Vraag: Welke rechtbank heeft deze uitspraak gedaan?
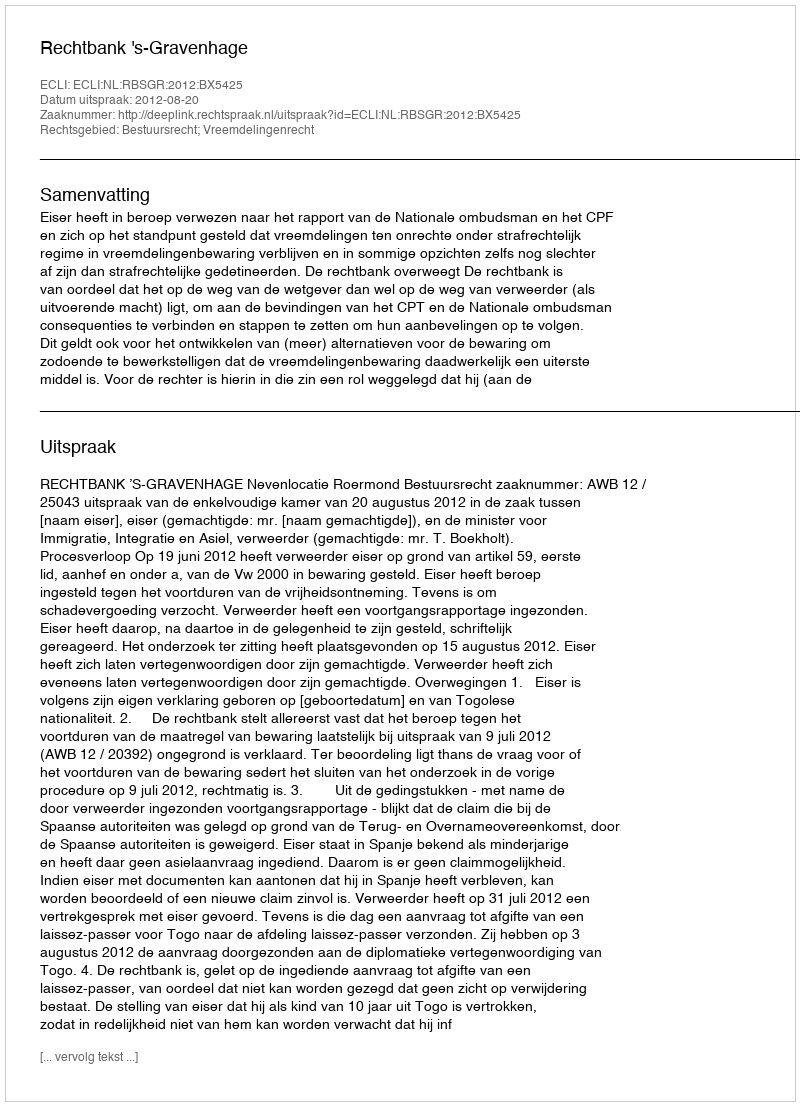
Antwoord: Rechtbank 's-Gravenhage